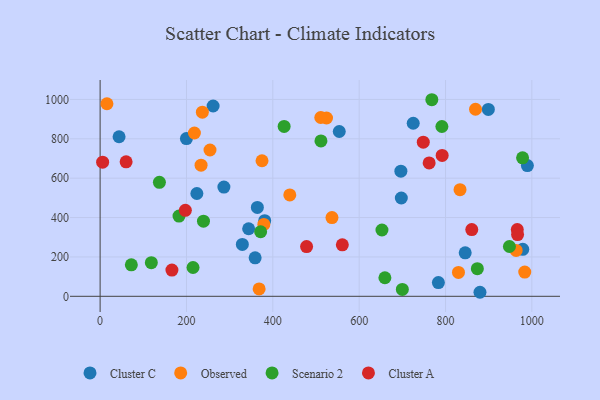
{"axis": {"x": "Investment", "y": "Demand"}, "legend": ["Cluster A", "Cluster C", "Observed", "Scenario 2"], "data": [{"x": "553.9", "y": 837.0, "type": "Cluster C"}, {"x": "329.4", "y": 263.6, "type": "Cluster C"}, {"x": "261.7", "y": 966.6, "type": "Cluster C"}, {"x": "359.0", "y": 195.5, "type": "Cluster C"}, {"x": "381.2", "y": 384.3, "type": "Cluster C"}, {"x": "344.0", "y": 343.1, "type": "Cluster C"}, {"x": "899.2", "y": 949.2, "type": "Cluster C"}, {"x": "879.8", "y": 20.5, "type": "Cluster C"}, {"x": "978.9", "y": 238.7, "type": "Cluster C"}, {"x": "199.9", "y": 801.2, "type": "Cluster C"}, {"x": "783.5", "y": 69.7, "type": "Cluster C"}, {"x": "43.9", "y": 810.5, "type": "Cluster C"}, {"x": "224.1", "y": 522.1, "type": "Cluster C"}, {"x": "286.7", "y": 554.9, "type": "Cluster C"}, {"x": "845.6", "y": 221.0, "type": "Cluster C"}, {"x": "696.6", "y": 635.4, "type": "Cluster C"}, {"x": "364.2", "y": 451.4, "type": "Cluster C"}, {"x": "989.6", "y": 664.2, "type": "Cluster C"}, {"x": "725.2", "y": 878.9, "type": "Cluster C"}, {"x": "697.6", "y": 499.4, "type": "Cluster C"}, {"x": "524.4", "y": 905.8, "type": "Observed"}, {"x": "368.3", "y": 37.5, "type": "Observed"}, {"x": "830.0", "y": 121.4, "type": "Observed"}, {"x": "963.6", "y": 232.9, "type": "Observed"}, {"x": "233.8", "y": 666.2, "type": "Observed"}, {"x": "439.3", "y": 515.0, "type": "Observed"}, {"x": "254.5", "y": 743.1, "type": "Observed"}, {"x": "511.1", "y": 908.2, "type": "Observed"}, {"x": "218.4", "y": 829.4, "type": "Observed"}, {"x": "983.5", "y": 123.0, "type": "Observed"}, {"x": "537.0", "y": 400.0, "type": "Observed"}, {"x": "833.6", "y": 541.6, "type": "Observed"}, {"x": "15.8", "y": 978.0, "type": "Observed"}, {"x": "379.2", "y": 365.2, "type": "Observed"}, {"x": "236.8", "y": 935.2, "type": "Observed"}, {"x": "869.5", "y": 950.1, "type": "Observed"}, {"x": "375.0", "y": 688.6, "type": "Observed"}, {"x": "873.7", "y": 140.2, "type": "Scenario 2"}, {"x": "700.0", "y": 35.0, "type": "Scenario 2"}, {"x": "511.5", "y": 789.4, "type": "Scenario 2"}, {"x": "118.6", "y": 170.9, "type": "Scenario 2"}, {"x": "791.6", "y": 862.6, "type": "Scenario 2"}, {"x": "215.2", "y": 146.3, "type": "Scenario 2"}, {"x": "978.5", "y": 703.2, "type": "Scenario 2"}, {"x": "371.8", "y": 328.0, "type": "Scenario 2"}, {"x": "768.3", "y": 998.5, "type": "Scenario 2"}, {"x": "239.4", "y": 381.4, "type": "Scenario 2"}, {"x": "426.2", "y": 863.1, "type": "Scenario 2"}, {"x": "948.0", "y": 253.1, "type": "Scenario 2"}, {"x": "72.3", "y": 160.0, "type": "Scenario 2"}, {"x": "659.6", "y": 94.2, "type": "Scenario 2"}, {"x": "652.8", "y": 336.7, "type": "Scenario 2"}, {"x": "137.3", "y": 578.8, "type": "Scenario 2"}, {"x": "182.7", "y": 407.7, "type": "Scenario 2"}, {"x": "966.2", "y": 339.2, "type": "Cluster A"}, {"x": "478.2", "y": 252.5, "type": "Cluster A"}, {"x": "860.8", "y": 339.1, "type": "Cluster A"}, {"x": "966.9", "y": 313.6, "type": "Cluster A"}, {"x": "166.3", "y": 133.2, "type": "Cluster A"}, {"x": "5.8", "y": 681.4, "type": "Cluster A"}, {"x": "197.4", "y": 436.8, "type": "Cluster A"}, {"x": "748.5", "y": 782.8, "type": "Cluster A"}, {"x": "60.2", "y": 682.9, "type": "Cluster A"}, {"x": "792.2", "y": 715.8, "type": "Cluster A"}, {"x": "561.0", "y": 261.7, "type": "Cluster A"}, {"x": "762.1", "y": 677.5, "type": "Cluster A"}]}